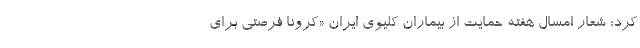
کرد: شعار امسال هفته حمایت از بیماران کلیوی ایران «کرونا فرصتی برای